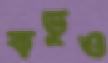
কভুও